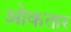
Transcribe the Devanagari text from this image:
ओकतार